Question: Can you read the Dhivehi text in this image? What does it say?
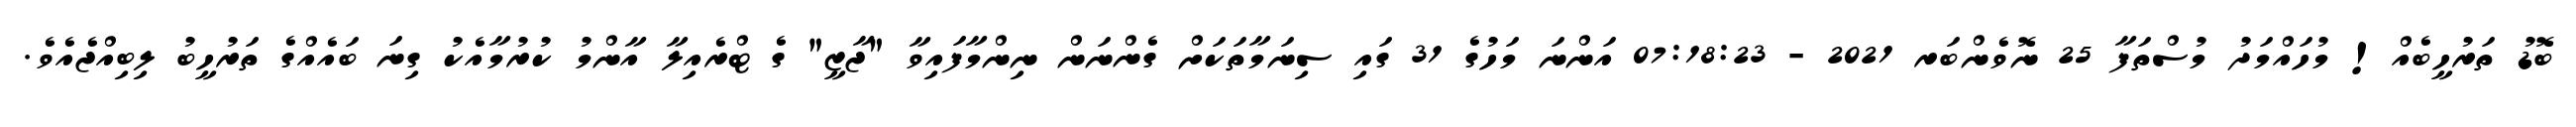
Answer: ބޮޑު ތަރުހީބެއް! މުހައްމަދު މުސްތަފާ 25 ނޮވެންބަރ 2021 - 07:18:23 އަންނަ މަހުގެ 31 ގައި ސިނަމާތަކަށް ގެންނަން ނިންމާފައިވާ "ޖާޒީ" ގެ ޓްރެއިލާ އާންމު ކުރުމާއެކު ގިނަ ބައެއްގެ ތަރުހީބު ލިބިއްޖެއެވެ.